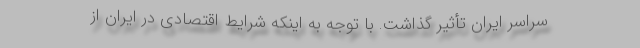
سراسر ایران تأثیر گذاشت. با توجه به اینکه شرایط اقتصادی در ایران از